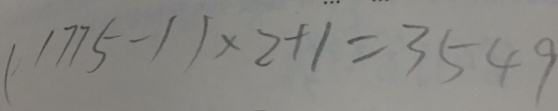
( 1 7 7 5 - 1 ) \times 2 + 1 = 3 5 4 9